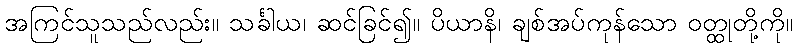
အကြင်သူသည်လည်း။ သင်္ခါယ၊ ဆင်ခြင်၍။ ပိယာနိ၊ ချစ်အပ်ကုန်သော ဝတ္ထုတို့ကို။